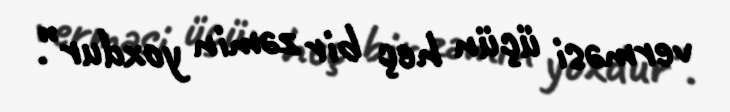
verməsi üçün heç bir zəmin yoxdur”.